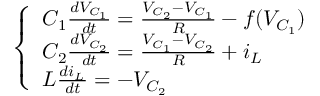
\left\{ \begin{array} { l l } { C _ { 1 } \frac { d V _ { C _ { 1 } } } { d t } = \frac { V _ { C _ { 2 } } - V _ { C _ { 1 } } } { R } - f ( V _ { C _ { 1 } } ) } \\ { C _ { 2 } \frac { d V _ { C _ { 2 } } } { d t } = \frac { V _ { C _ { 1 } } - V _ { C _ { 2 } } } { R } + i _ { L } } \\ { L \frac { d i _ { L } } { d t } = - V _ { C _ { 2 } } } \end{array} \right.